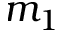
m _ { 1 }